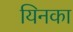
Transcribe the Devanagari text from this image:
यिनका